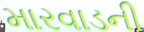
મારવાડની